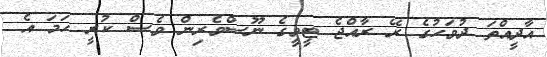
އާދީއްތަ ދުވަހުގެ ރޭ ރާއްޖެ ޓީވީގެ ނޫސްވެރިން ވެސް ކުރީ ހަމަ އެ